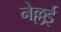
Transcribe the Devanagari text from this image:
नेल्लई